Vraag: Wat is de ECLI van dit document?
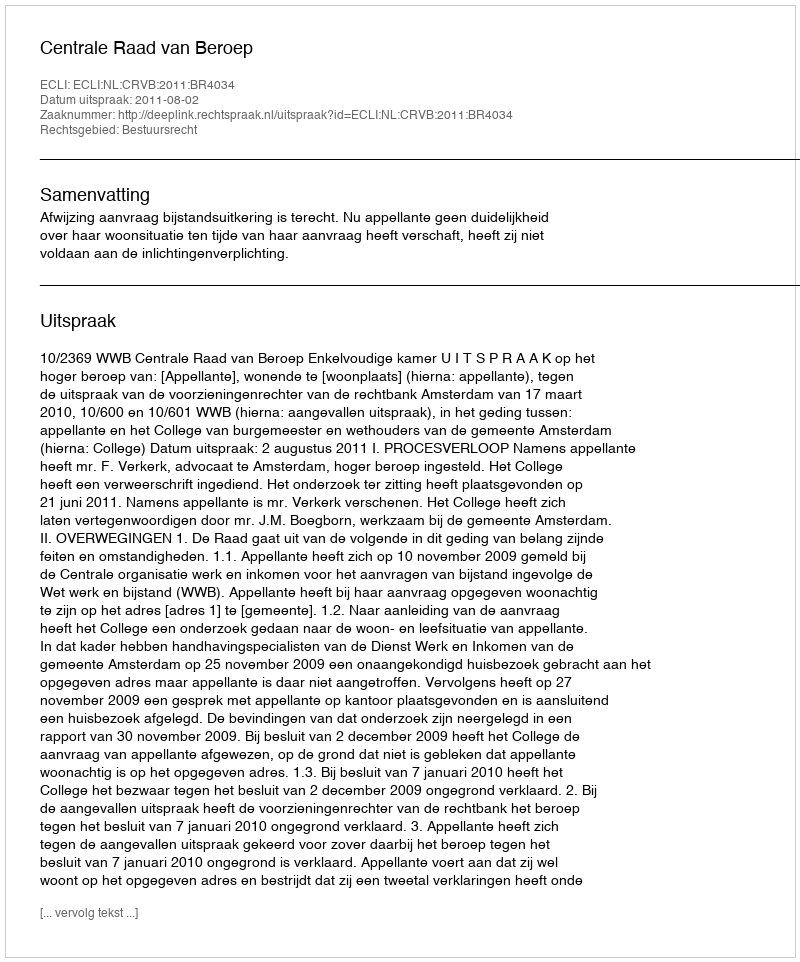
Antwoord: ECLI:NL:CRVB:2011:BR4034